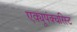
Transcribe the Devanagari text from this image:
एक्यूपंक्चरिस्ट